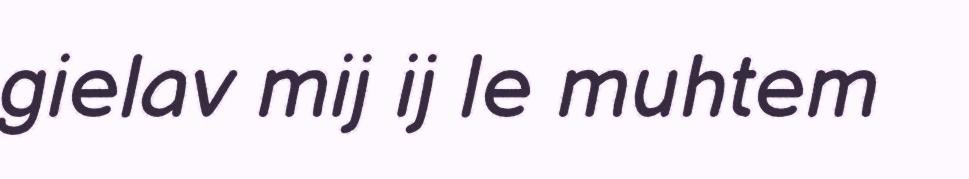
gielav mij ij le muhtem